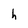
Character: h